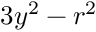
3 y ^ { 2 } - r ^ { 2 }